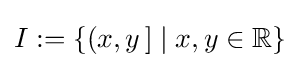
I:=\{(x,y\,]\mid x,y\in {\mathbb {R} }\}